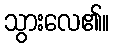
သွားလေ၏။